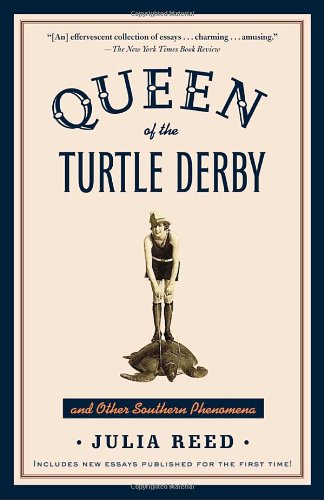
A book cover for Queen of the Turtle Derby and Other Southern Phenomena; Julia Reed; Humor & Entertainment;